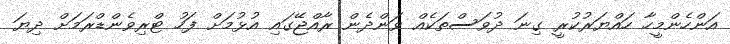
އަންހެންމީހާ ހައްޔަރުކުރީ ގިނަ ދުވަސްތަކެއް ވަންދެން ރާއްޖޭގައި އުޅުމަށް ފަހު ޓްރިވެންޑްރަމަށް ދިޔަ